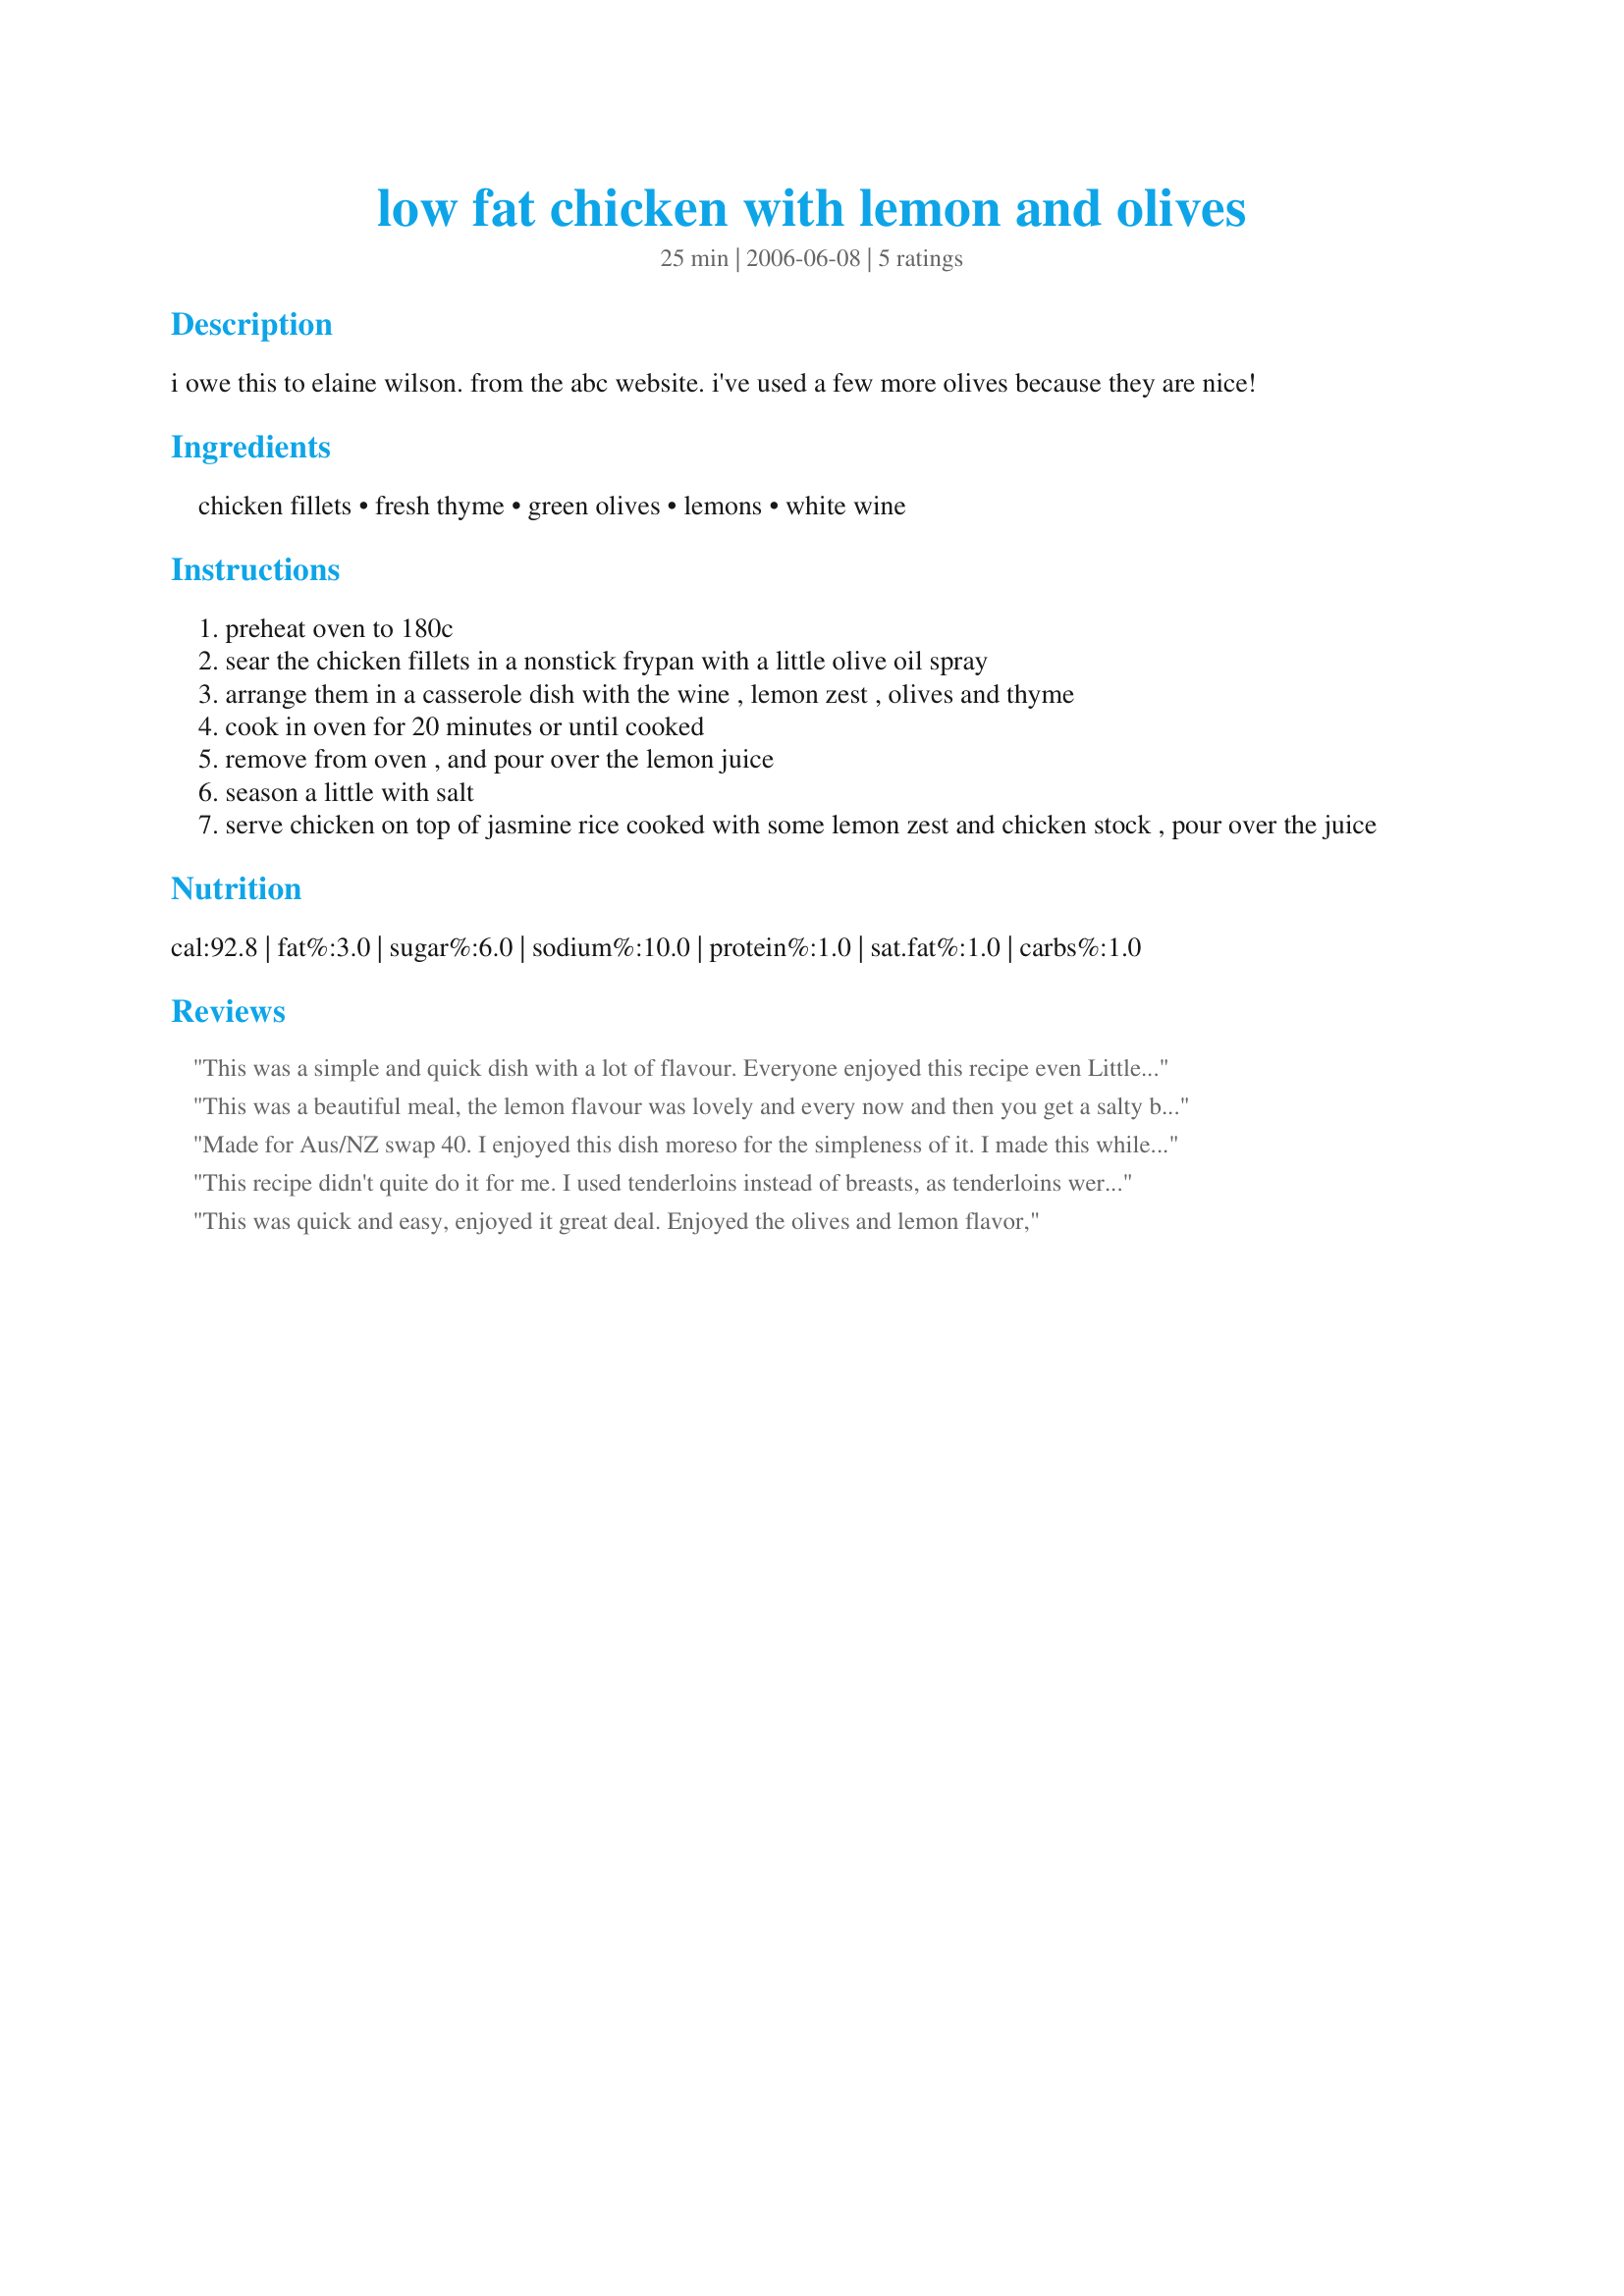
low fat chicken with lemon and olives
Preparation time: 25 minutes

i owe this to elaine wilson. from the abc website. i've used a few more olives because they are nice!

Ingredients:
chicken fillets, fresh thyme, green olives, lemons, white wine

Steps:
preheat oven to 180c
sear the chicken fillets in a nonstick frypan with a little olive oil spray
arrange them in a casserole dish with the wine , lemon zest , olives and thyme
cook in oven for 20 minutes or until cooked
remove from oven , and pour over the lemon juice
season a little with salt
serve chicken on top of jasmine rice cooked with some lemon zest and chicken stock , pour over the juice

Reviews:
This was a simple and quick dish with a lot of flavour. Everyone enjoyed this recipe even Little Miss (DD). The only change I made was I used dried thyme and grated the lemon zests a little larger. Thank you Chickee
This was a beautiful meal, the lemon flavour was lovely and every now and then you get a salty bite of olives which is just perfect.... very easy to put together, will definately be making this again... thankyou for posting
Made for Aus/NZ swap 40. I enjoyed this dish moreso for the simpleness of it. I made this while in Florida visiting DD as it was simple and with the heat of the day was quick and easy to put together. I also loved the lemony and salty taste but DH and kids were not too fond of the olive thing. I will make this again and use less olives (used spanish olives with the pimento)and put to the side for myself. I used a Shirazz as the wine as that is what I had at DD's house. I could see marinating this and grilling out so will give it a try. Thank you.
This recipe didn't quite do it for me. I used tenderloins instead of breasts, as tenderloins were on special. I didn't feel the wine added anything special to the dish (I used NZ Savignon Blanc) and maybe a good quality chicken stock would have been tastier. Made for Aussie/Kiwi Swap 39, April 2010.
This was quick and easy, enjoyed it great deal. Enjoyed the olives and lemon flavor,
